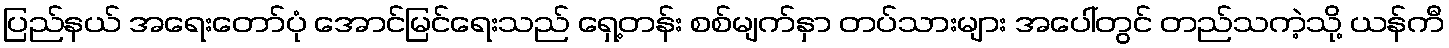
ပြည်နယ် အရေးတော်ပုံ အောင်မြင်ရေးသည် ရှေ့တန်း စစ်မျက်နှာ တပ်သားများ အပေါ်တွင် တည်သကဲ့သို့ ယန်ကီ